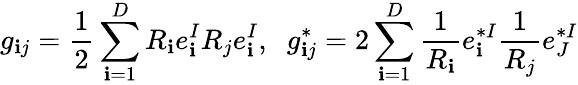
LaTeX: g_{\mathbf{i}j}=\frac{{1}}{{2}}\sum_{\mathbf{i}=1}^{D}R_{\mathbf{i}}e_{\mathbf{i}}^{I}R_{j}e_{\mathbf{i}}^{I},\; \; g_{\mathbf{i}j}^{*}=2\sum_{\mathbf{i}=1}^{D}\frac{{1}}{{R_{\mathbf{i}}}}e_{\mathbf{i}}^{*I}\frac{{1}}{{R_{j}}}e_{J}^{*I}